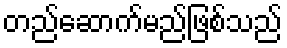
တည်ဆောက်မည်ဖြစ်သည်